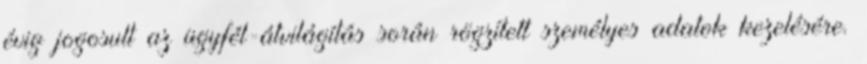
évig jogosult az ügyfél-átvilágítás során rögzített személyes adatok kezelésére.